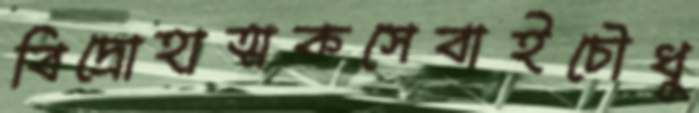
বিদ্রোহাত্মকসেবাইচৌধু